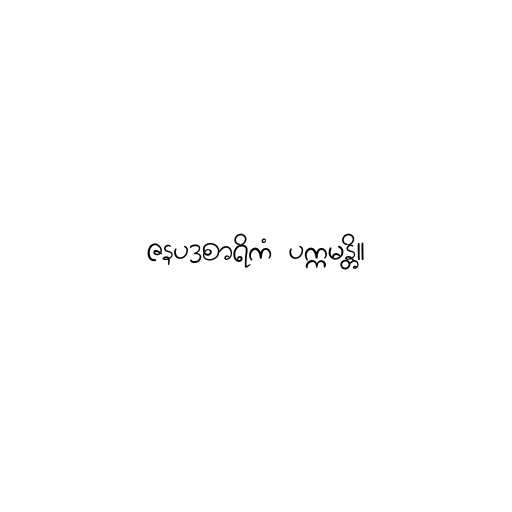
ဇနပဒစာရိကံ ပက္ကမန္တိ။